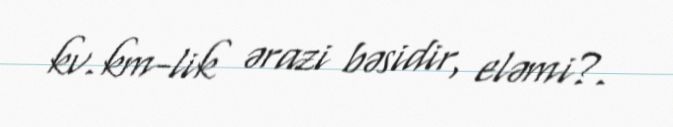
kv.km-lik ərazi bəsidir, eləmi?.